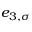
e _ { 3 , \sigma }